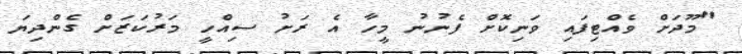
"މޫދަށް ވެއްޓިފައި ވަނިކޮށް ފެނުނު މީހާ އެ ރަށު ސިއްހީ މަރުކަޒަށް ގެންދިޔަ